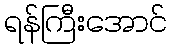
ရန်ကြီးအောင်